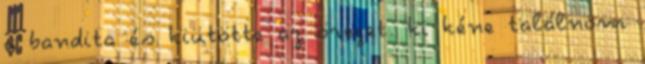
a bandita és kiütötte az öreget. ki kéne találnom